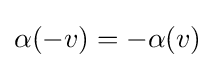
\alpha (-v)=-\alpha (v)